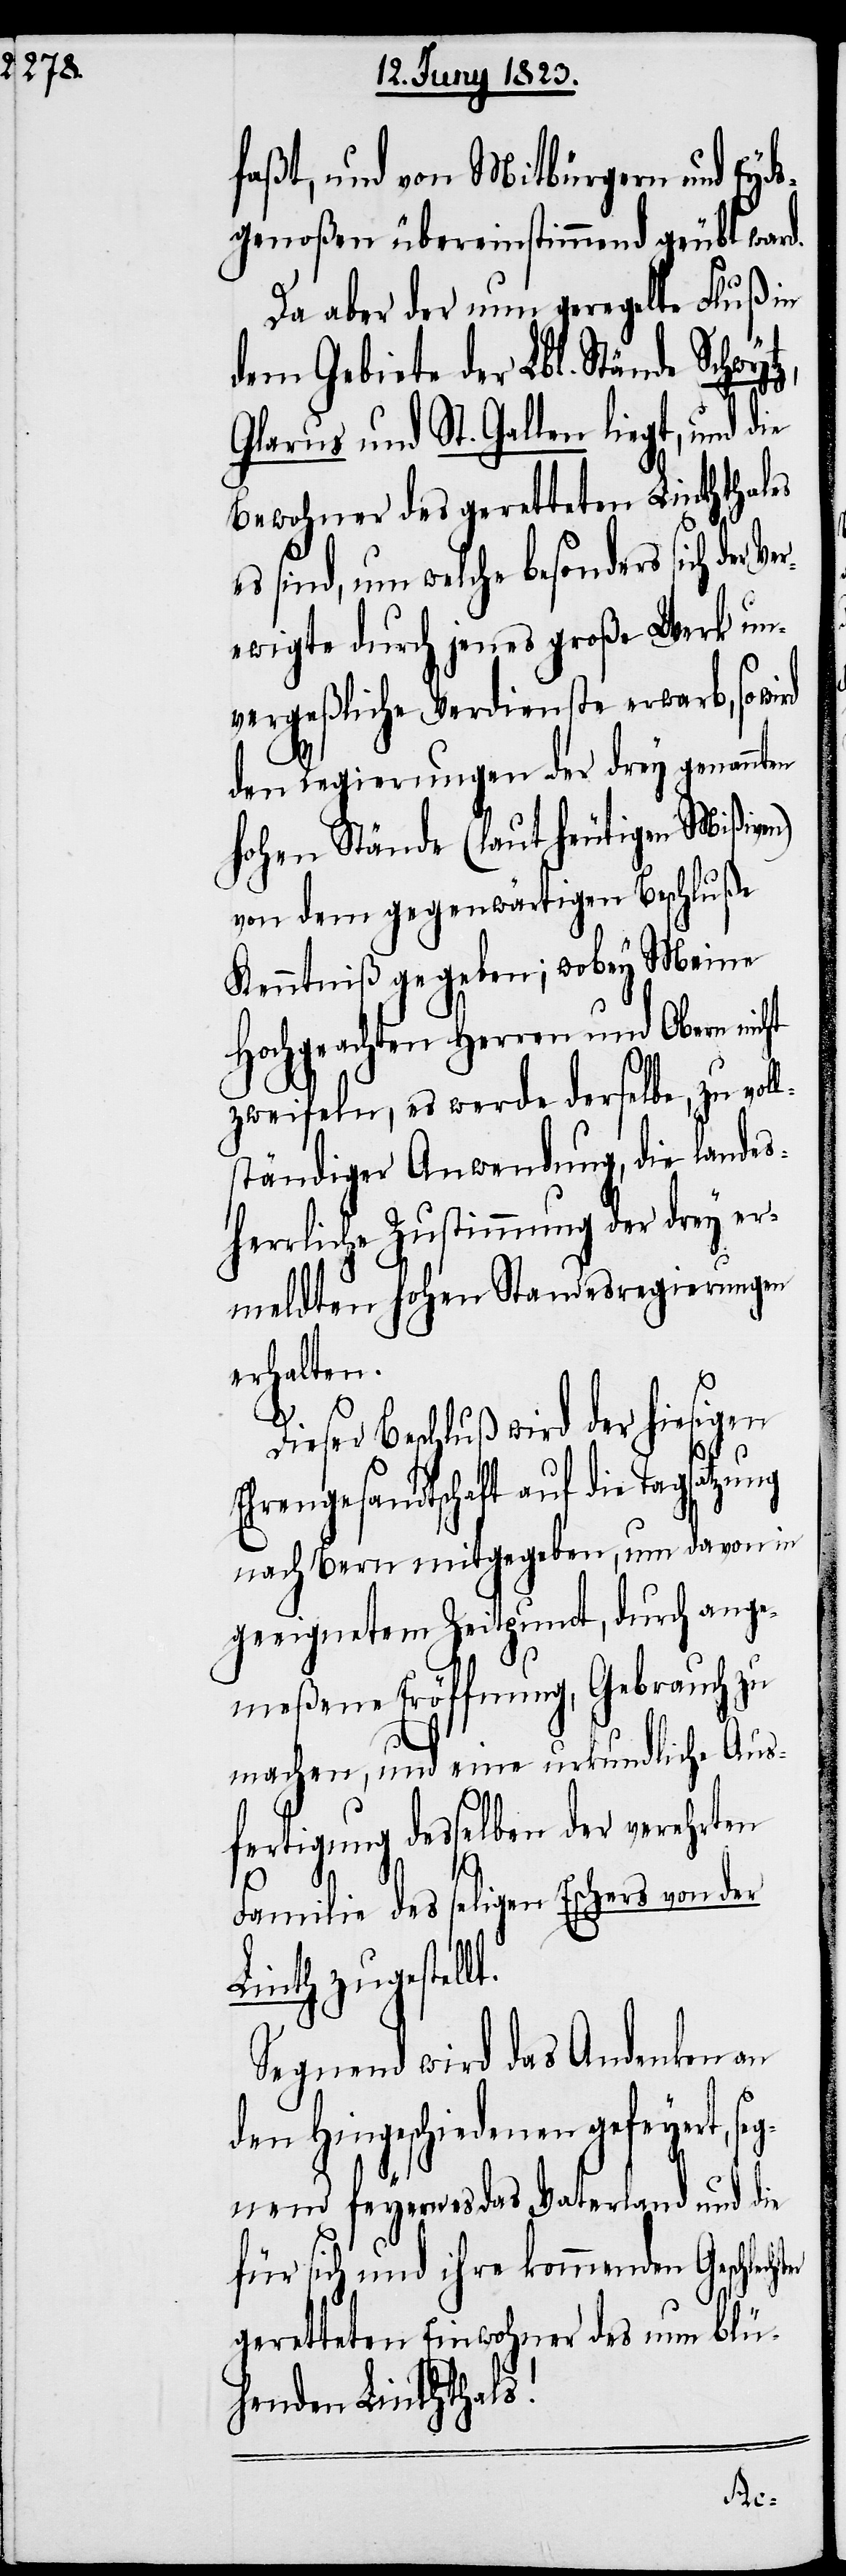
faßt, und von Mitbürgern und Eyds¬
genoßen übereinstimmend geübt ward.
Da aber der nun geregelte Fluß in
dem Gebiete der Lbl. Stände Schwyt¬
Glarus und St. Gallen liegt, und die
Bewohner des geretteten Linththales
es sind, um welche besonders sich der
ewigte durch jenes große Werk un¬
vergeßliche Verdienste erwarb, so wi¬
rd
den Regierungen der drey genannten
hohen Stände (laut heutigen Mißiven)
von dem gegenwärtigen Beschluße
Kenntniß gegeben; wobey Meine
Hochgeachten Herren und Obern nicht
zweifeln, es werde derselbe, zu vol¬
ständiger Anwendung, die landes¬
herrliche Zustimmung der drey er¬
meldten hohen Standesregierungen
erhalten.
z,
Dieser Beschluß wird der hiesigen
Ehrengesandtschaft auf die Tagsatzung
nach Bern mitgegeben, um davon in
geeignetem Zeitpunct, durch ange¬
meßene Eröffnung, Gebrauch zu
machen, und eine urkundliche Aus¬
fertigung desselben der verehrten
Familie des seligen Eschers von der
Linth zugestellt.
Segnend wird das Andenken an
den Hingeschiedenen gefeyert, s¬
egnend feyern es das Vaterland und die
für sich und ihre kommenden Geschlech¬
geretteten Einwohner des nun blü¬
henden Linththals!
ter